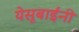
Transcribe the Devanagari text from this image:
येसूबाईंनी